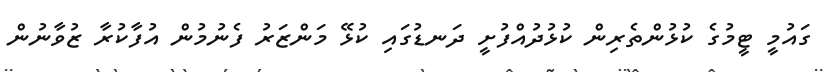
ގައުމީ ޓީމުގެ ކުޅުންތެރިން ކުޅުދުއްފުށީ ދަނޑުގައި ކުޅޭ މަންޒަރު ފެނުމުން އުފާކުރާ ޒުވާނުން